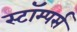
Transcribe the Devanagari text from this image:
स्टॉम्पर्स